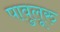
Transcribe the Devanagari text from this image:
पावुलूरु